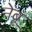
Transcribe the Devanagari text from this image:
नेबू